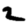
Digit: 2